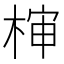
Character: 𰗵